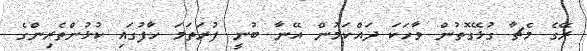
ރޭގެ މެޗާ ގުޅޭގޮތުން ވާހަކަ ދައްކަމުން އޭނާ ބުނީ ފުރަތަމަ ހާފުގައި ކުޅުންތެރިންގެ